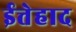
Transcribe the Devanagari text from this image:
ईत्तेहाद